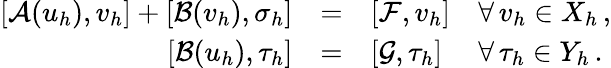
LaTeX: \begin{array}{rcll}{[\mathcal{A}(u_{h}),v_{h}]+[\mathcal{B}(v_{h}),\sigma_{h}]}&{=}&{[\mathcal{F},v_{h}]}&{\forall\, v_{h}\in X_{h}\, ,}\\ {[\mathcal{B}(u_{h}),\tau_{h}]}&{=}&{[\mathcal{G},\tau_{h}]}&{\forall\, \tau_{h}\in Y_{h}\, .}\end{array}